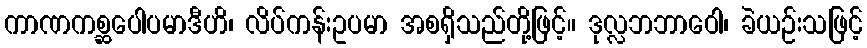
ကာဏကစ္ဆပေါပမာဒီဟိ၊ လိပ်ကန်းဥပမာ အစရှိသည်တို့ဖြင့်။ ဒုလ္လဘဘာဝေါ၊ ခဲယဉ်းသဖြင့်